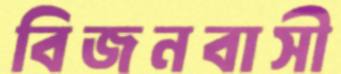
বিজনবাসী